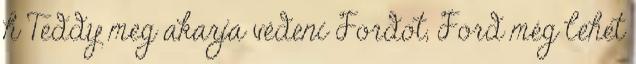
h Teddy meg akarja védeni Fordot, Ford még lehet